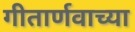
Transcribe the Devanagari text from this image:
गीतार्णवाच्या